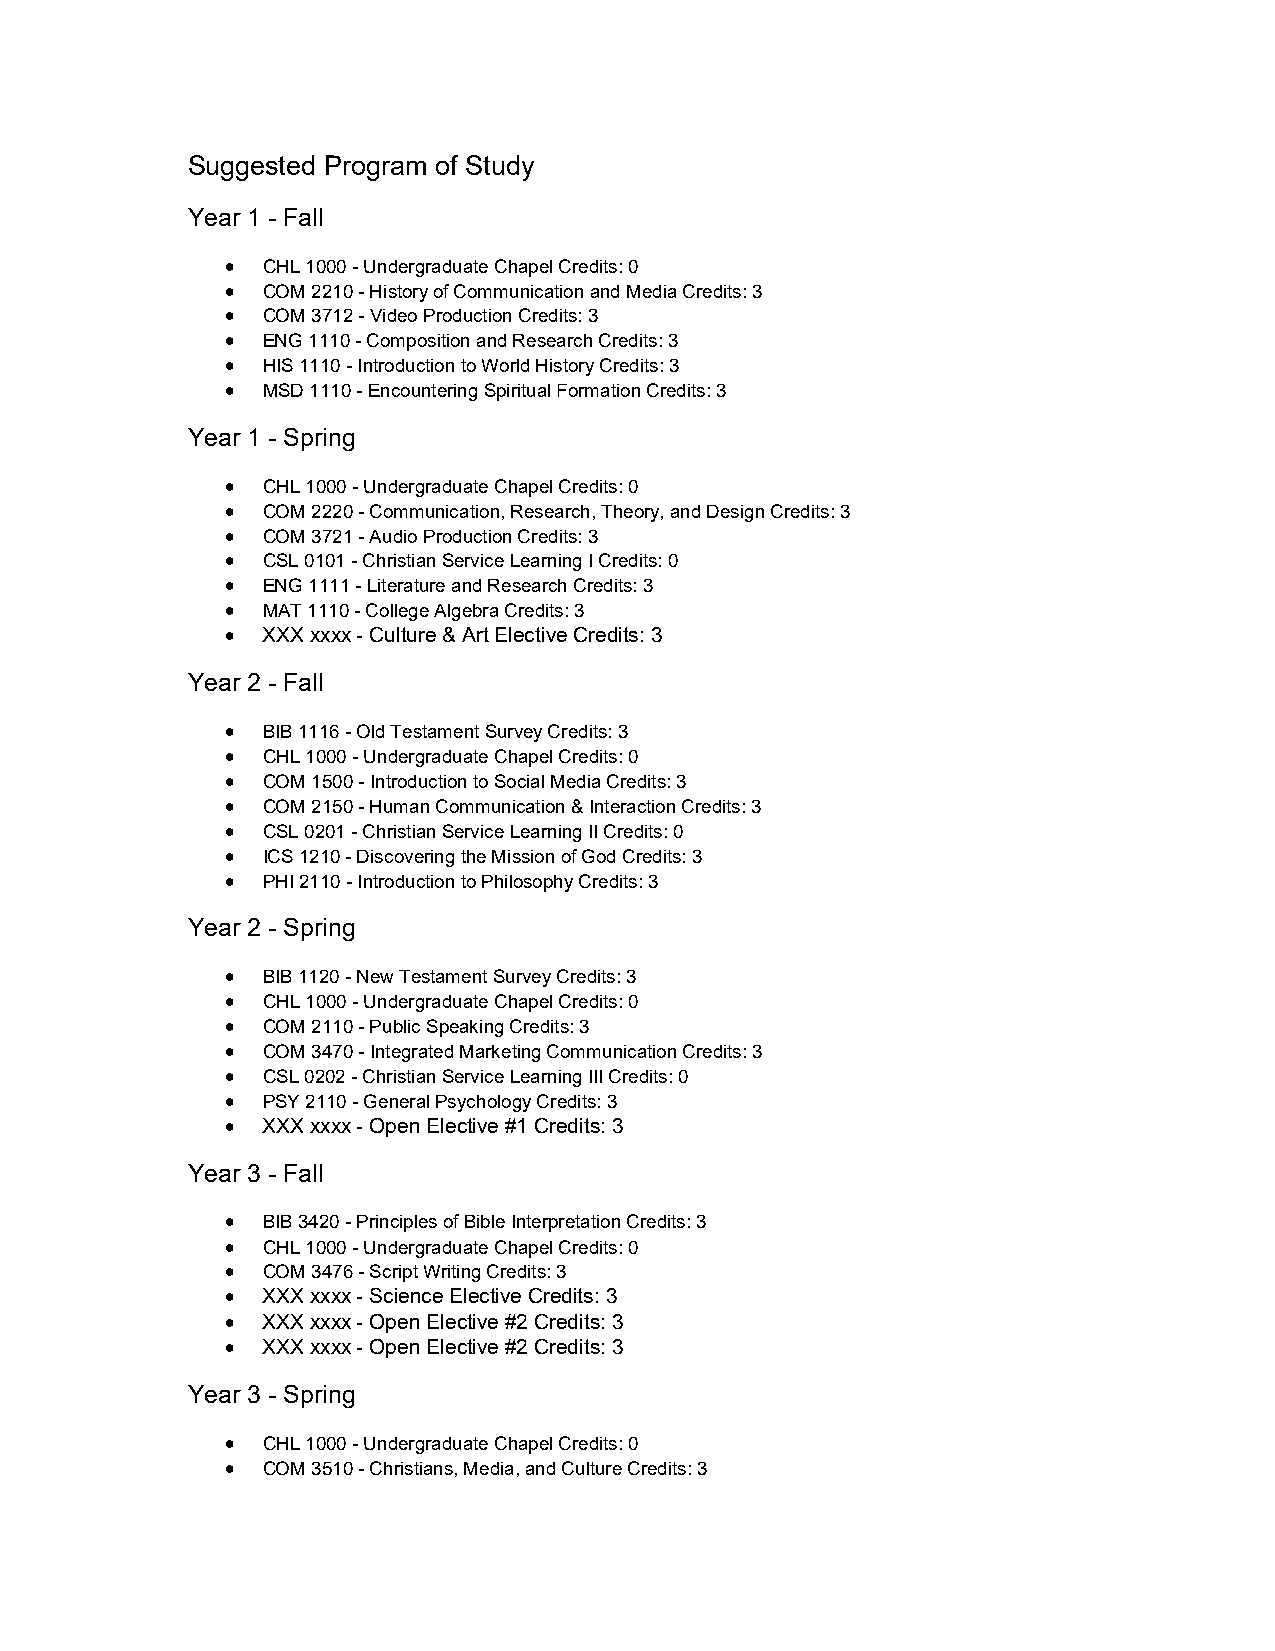
Suggested Program of Study
 Year 1 - Fall
  CHL 1000 - Undergraduate Chapel Credits: 0
  COM 2210 - History of Communication and Media Credits: 3
  COM 3712 - Video Production Credits: 3
  ENG 1110 - Composition and Research Credits: 3
  HIS 1110 - Introduction to World History Credits: 3
  MSD 1110 - Encountering Spiritual Formation Credits: 3
 Year 1 - Spring
  CHL 1000 - Undergraduate Chapel Credits: 0
  COM 2220 - Communication, Research, Theory, and Design Credits: 3
  COM 3721 - Audio Production Credits: 3
  CSL 0101 - Christian Service Learning I Credits: 0
  ENG 1111 - Literature and Research Credits: 3
  MAT 1110 - College Algebra Credits: 3
  XXX xxxx - Culture & Art Elective Credits: 3
 Year 2 - Fall
  BIB 1116 - Old Testament Survey Credits: 3
  CHL 1000 - Undergraduate Chapel Credits: 0
  COM 1500 - Introduction to Social Media Credits: 3
  COM 2150 - Human Communication & Interaction Credits: 3
  CSL 0201 - Christian Service Learning II Credits: 0
  ICS 1210 - Discovering the Mission of God Credits: 3
  PHI 2110 - Introduction to Philosophy Credits: 3
 Year 2 - Spring
  BIB 1120 - New Testament Survey Credits: 3
  CHL 1000 - Undergraduate Chapel Credits: 0
  COM 2110 - Public Speaking Credits: 3
  COM 3470 - Integrated Marketing Communication Credits: 3
  CSL 0202 - Christian Service Learning III Credits: 0
  PSY 2110 - General Psychology Credits: 3
  XXX xxxx - Open Elective #1 Credits: 3
 Year 3 - Fall
  BIB 3420 - Principles of Bible Interpretation Credits: 3
  CHL 1000 - Undergraduate Chapel Credits: 0
  COM 3476 - Script Writing Credits: 3
  XXX xxxx - Science Elective Credits: 3
  XXX xxxx - Open Elective #2 Credits: 3
  XXX xxxx - Open Elective #2 Credits: 3
 Year 3 - Spring
  CHL 1000 - Undergraduate Chapel Credits: 0
  COM 3510 - Christians, Media, and Culture Credits: 3